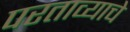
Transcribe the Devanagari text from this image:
परताव्याचे